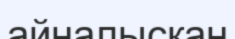
айналыскан